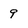
Character: 9